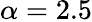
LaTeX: \alpha=2.5